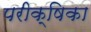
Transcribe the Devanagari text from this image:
परीक्षिका